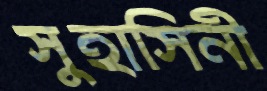
সুহাসিনী